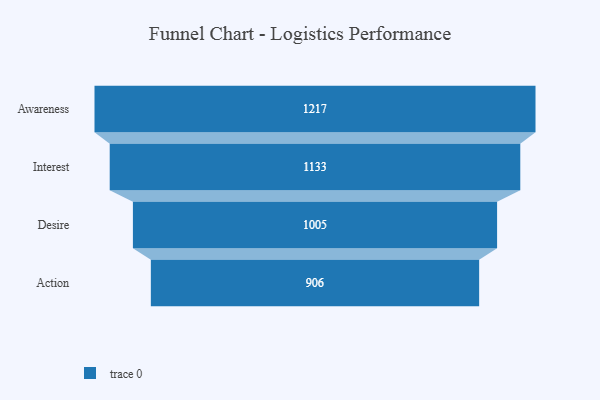
{"axis": {"x": "Stage", "y": "Value"}, "legend": [""], "data": [{"x": "Awareness", "y": 1217.0, "type": ""}, {"x": "Interest", "y": 1133.0, "type": ""}, {"x": "Desire", "y": 1005.0, "type": ""}, {"x": "Action", "y": 906.0, "type": ""}]}